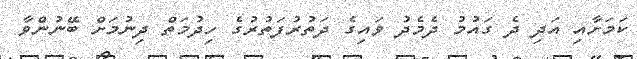
ކަމަށާއި އަދި ދެ ގައުމު ދެމެދު ވައިގެ ދަތުރުފަތުރުގެ ހިދުމަތް ދިނުމަށް ބޭނުންވާ